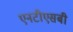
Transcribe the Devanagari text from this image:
एनटीएसबी